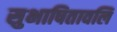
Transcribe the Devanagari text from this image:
सुभाषितावलि